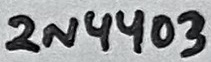
Text: 2N4403